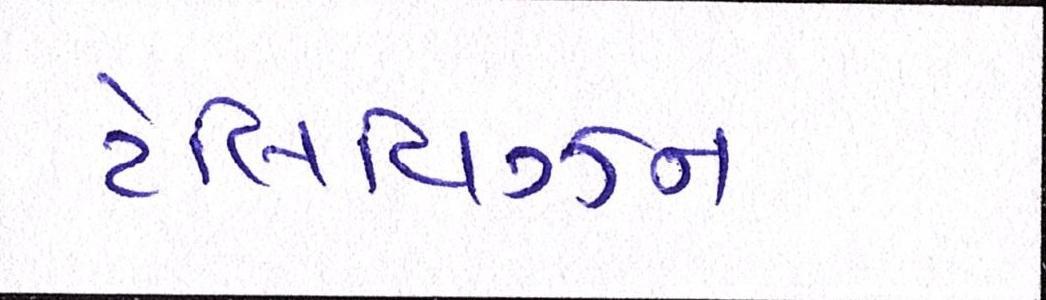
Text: ટેલિવિઝન